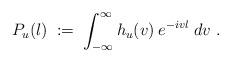
LaTeX: \begin{align*}P_u(l) \;:=\; \int_{-\infty}^\infty h_u(v) \: e^{-ivl} \;dv \;. \end{align*}